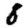
Digit: 8